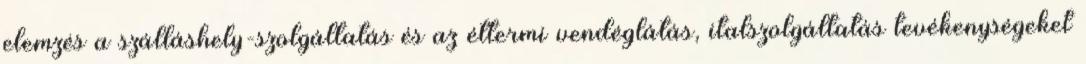
elemzés a szálláshely-szolgáltatás és az éttermi vendéglátás, italszolgáltatás tevékenységeket